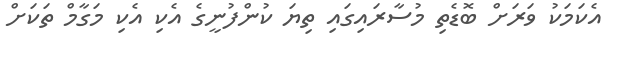
އެކަމަކު ވަރަށް ބޮޑެތި މުސާރައިގައި ތިޔަ ކުންފުނީގެ އެކި އެކި މަގާމް ތަކަށް